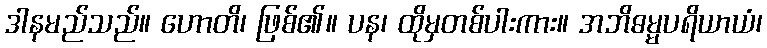
ဒါနမည်သည်။ ဟောတိ၊ ဖြစ်၏။ ပန၊ ထိုမှတစ်ပါးကား။ အဘိဓမ္မပရိယာယံ၊